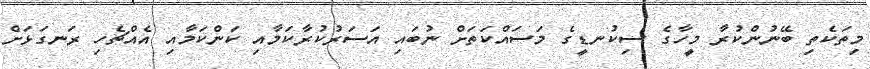
މިތަކެތި ބޭނުންކުރާ މީހާގެ ސިކުނޑީގެ މަސައްކަތަށް ނުބައި އަސަރުކުރާކަމާއި ކަންކަމާއި އެއްޗެހި ރަނގަޅަށް